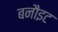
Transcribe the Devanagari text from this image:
बनौइट